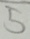
5